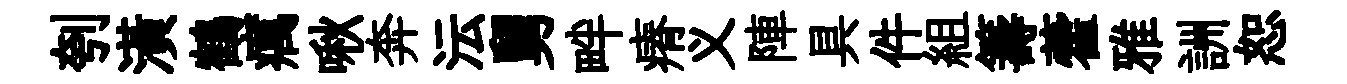
刳潢鶴癘啾奔沄舅畔瘠义陣具件組籌藿雅詶恕